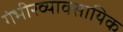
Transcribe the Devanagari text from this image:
गंभीरव्यावसायिक